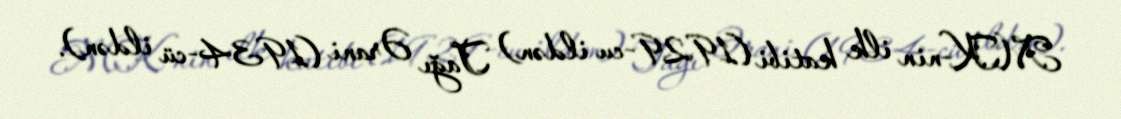
MK-nin ilk katibi (1929-cu ildən) Tağı Ərani (1934-cü ildən).